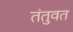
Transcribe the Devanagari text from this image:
तंतुवत